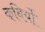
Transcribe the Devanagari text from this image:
कविर्यो